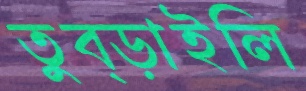
তুব্‌ড়াইলি